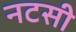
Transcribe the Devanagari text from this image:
नटसी